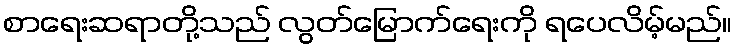
စာရေးဆရာတို့သည် လွတ်မြောက်ရေးကို ရပေလိမ့်မည်။